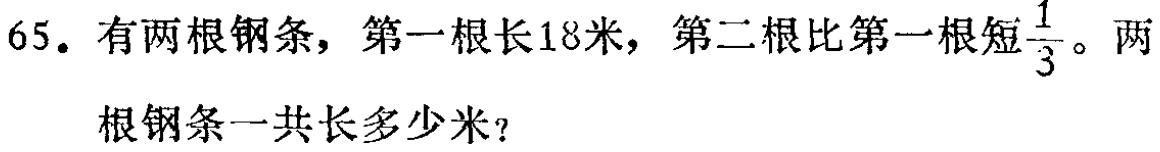
65. 有两根钢条，第一根长18米，第二根比第一根短$\frac{1}{3}$。两根钢条一共长多少米？